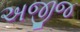
અજીજ